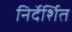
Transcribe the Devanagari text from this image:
निर्देर्शित